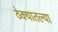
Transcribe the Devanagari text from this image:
ठेक्यातल्या